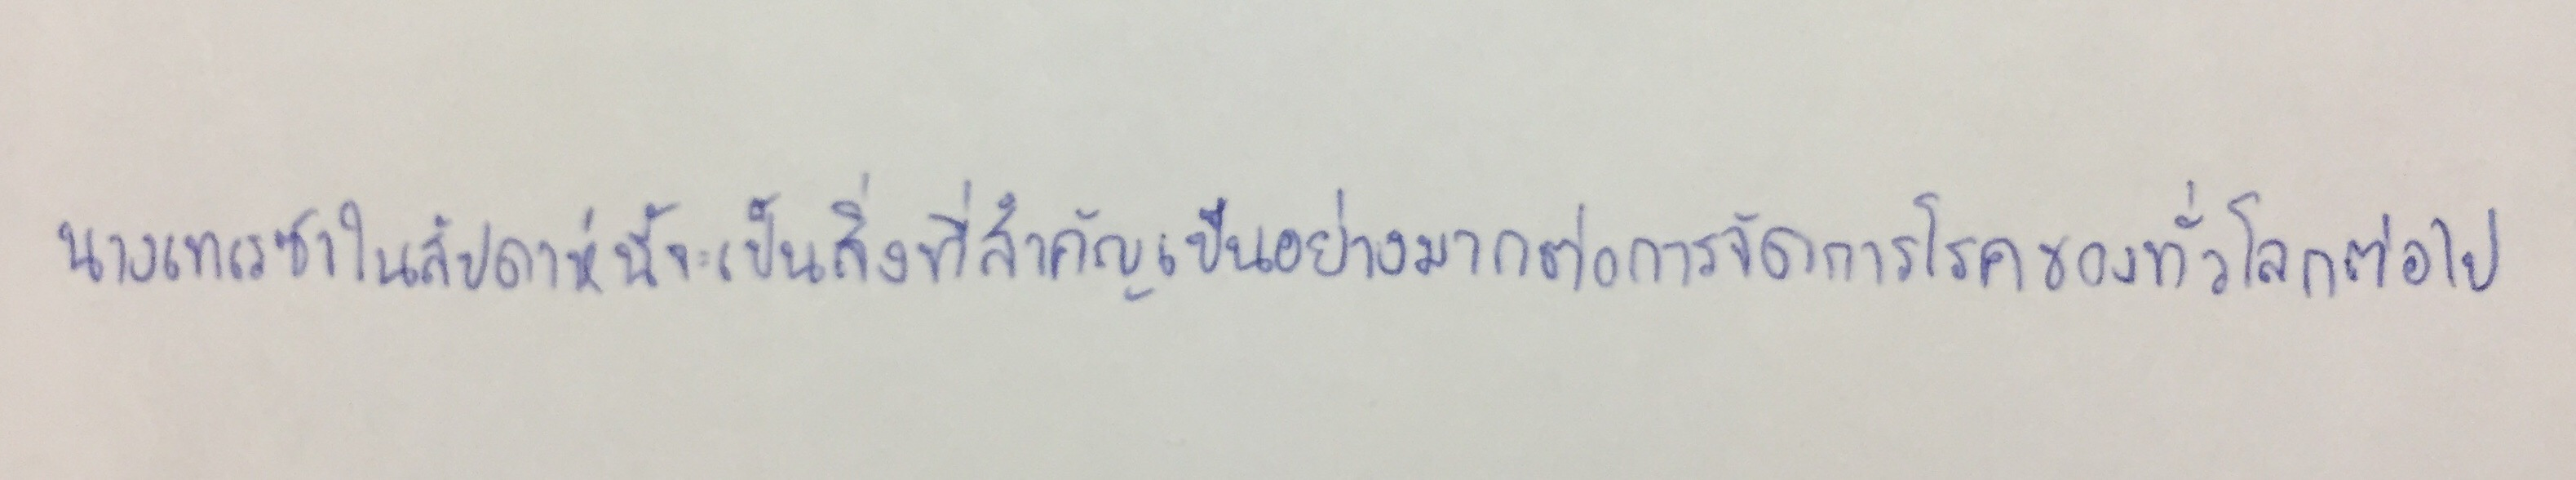
นางเทเรซาในสัปดาห์นี้จะเป็นสิ่งที่สำคัญเป็นอย่างมากต่อการจัดการโรคของทั่วโลกต่อไป